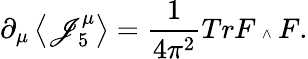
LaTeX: {\partial}_{\mu}\left\langle\mathscr{J}_{5}^{\mu}\right\rangle=\frac{{1}}{{4{\pi^{2}}}}TrF\mathrm{{\tiny~\wedge~}}F.